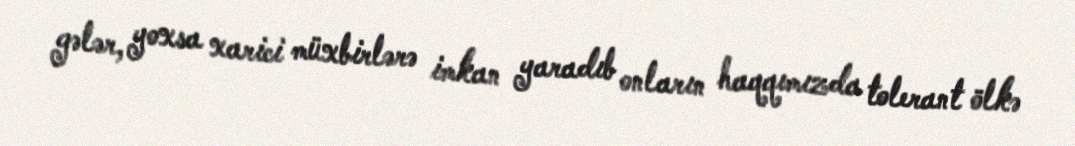
gələr, yoxsa xarici müxbirlərə imkan yaradıb onların haqqımızda tolerant ölkə